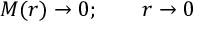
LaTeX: M ( r ) \rightarrow 0 ; \qquad r \rightarrow 0